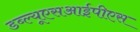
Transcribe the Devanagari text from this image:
डब्ल्यूएसआईपीएस